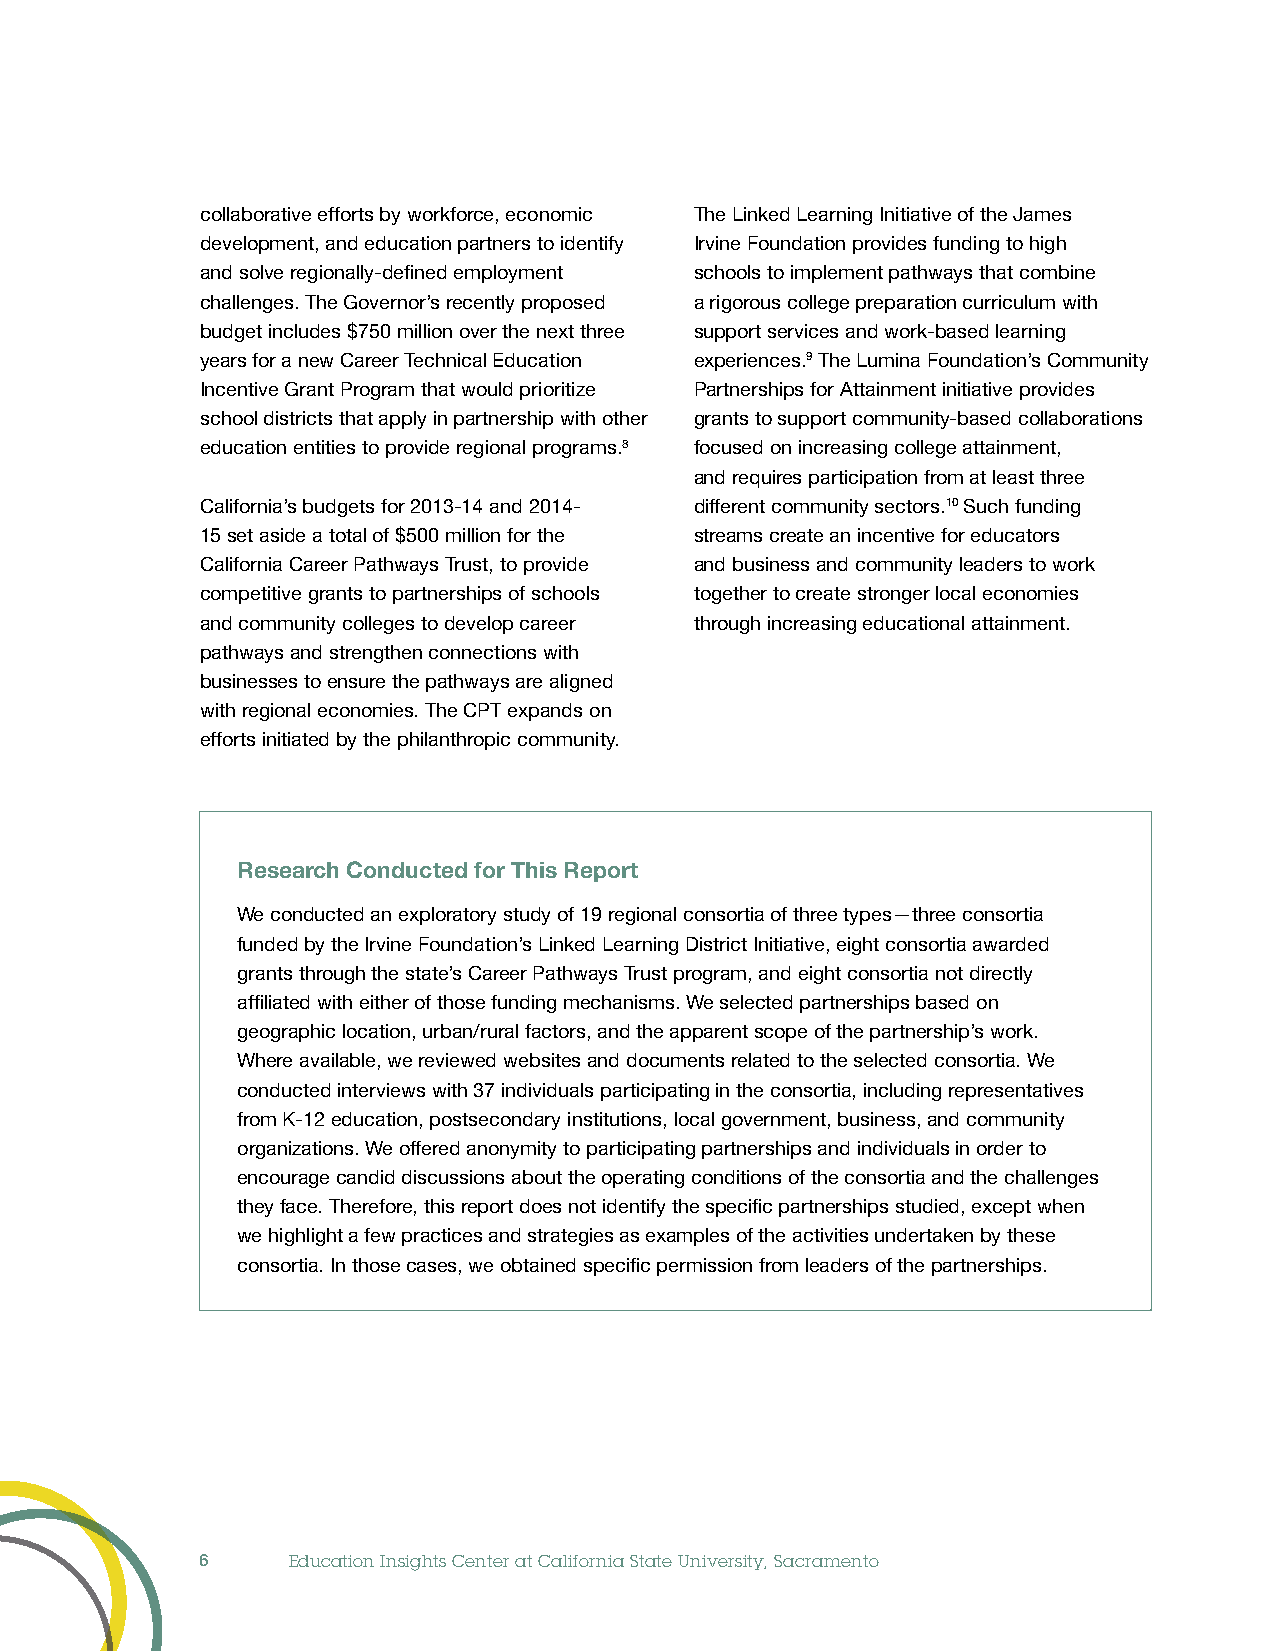
collaborative efforts by workforce, economic The Linked Learning Initiative of the James
 development, and education partners to identify Irvine Foundation provides funding to high
 and solve regionally-defined employment schools to implement pathways that combine
 challenges. The Governor’s recently proposed a rigorous college preparation curriculum with
 budget includes $750 million over the next three support services and work-based learning
 years for a new Career Technical Education experiences.9 The Lumina Foundation’s Community
 Incentive Grant Program that would prioritize Partnerships for Attainment initiative provides
 school districts that apply in partnership with other grants to support community-based collaborations
 education entities to provide regional programs.8 focused on increasing college attainment,
 and requires participation from at least three
 California’s budgets for 2013-14 and 2014- different community sectors.10 Such funding
 15 set aside a total of $500 million for the streams create an incentive for educators
 California Career Pathways Trust, to provide and business and community leaders to work
 competitive grants to partnerships of schools together to create stronger local economies
 and community colleges to develop career through increasing educational attainment.
 pathways and strengthen connections with
 businesses to ensure the pathways are aligned
 with regional economies. The CPT expands on
 efforts initiated by the philanthropic community.
 Research Conducted for This Report
 We conducted an exploratory study of 19 regional consortia of three types—three consortia
 funded by the Irvine Foundation’s Linked Learning District Initiative, eight consortia awarded
 grants through the state’s Career Pathways Trust program, and eight consortia not directly
 affiliated with either of those funding mechanisms. We selected partnerships based on
 geographic location, urban/rural factors, and the apparent scope of the partnership’s work.
 Where available, we reviewed websites and documents related to the selected consortia. We
 conducted interviews with 37 individuals participating in the consortia, including representatives
 from K-12 education, postsecondary institutions, local government, business, and community
 organizations. We offered anonymity to participating partnerships and individuals in order to
 encourage candid discussions about the operating conditions of the consortia and the challenges
 they face. Therefore, this report does not identify the specific partnerships studied, except when
 we highlight a few practices and strategies as examples of the activities undertaken by these
 consortia. In those cases, we obtained specific permission from leaders of the partnerships.
 6     Education Insights Center at California State University, Sacramento